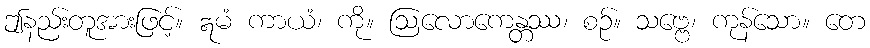
ဤနည်းတူအားဖြင့်။ ဣမံ ကာယံ၊ ကို။ ဩလောကေန္တဿ၊ စဉ်။ သဗ္ဗေ၊ ကုန်သော။ တေ